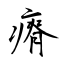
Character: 瘠